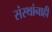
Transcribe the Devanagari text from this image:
संस्थांनाही